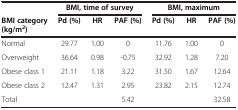
|  | <COLSPAN=3> BMI, time of survey | <COLSPAN=3> BMI, maximum |
 | BMI category (kg/m2) | Pd (%) | HR | PAF (%) | Pd (%) | HR | PAF (%) |
 | --- | --- | --- | --- | --- | --- | --- |
 | Normal | 29.77 | 1.00 | 0 | 11.76 | 1.00 | 0 |
 | Overweight | 36.64 | 0.98 | -0.75 | 32.92 | 1.28 | 7.20 |
 | Obese class 1 | 21.11 | 1.18 | 3.22 | 31.50 | 1.67 | 12.64 |
 | Obese class 2 | 12.47 | 1.31 | 2.95 | 23.82 | 2.15 | 12.74 |
 | Total |  |  | 5.42 |  |  | 32.58 |